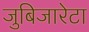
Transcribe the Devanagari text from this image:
जुबिजारेटा